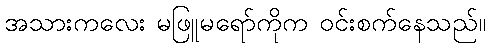
အသားကလေး မဖြူမရော်ကိုက ဝင်းစက်နေသည်။